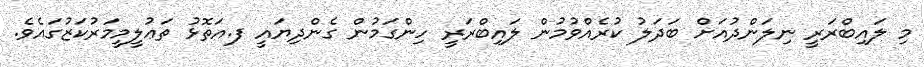
މި ލައިބްރަރީ ނިލަންދުއަށް ބަދަލު ކުރެއްވުމުން ލައިބްރަރީ ހިންގަމުން ގެންދިޔައީ ފ.އަތޮޅު ތަޢުލީމީމަރުކަޒުގައެވެ.